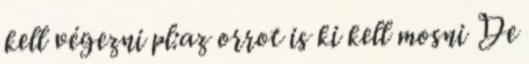
kell végezni pl:az orrot is ki kell mosni De